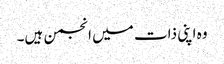
وہ اپنی ذات میں انجمن ہیں۔